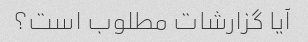
آیا گزارشات مطلوب است؟